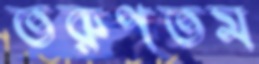
তরুণতম